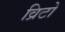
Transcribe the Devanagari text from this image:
व्रिटो